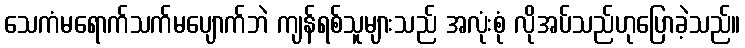
သေကံမရောက်သက်မပျောက်ဘဲ ကျန်ရစ်သူများသည် အလုံးစုံ လိုအပ်သည်ဟုပြောခဲ့သည်။